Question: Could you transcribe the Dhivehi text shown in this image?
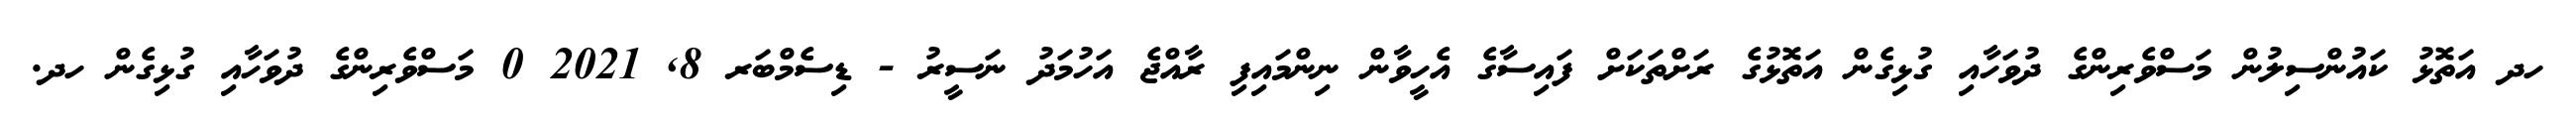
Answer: ހދ އަތޮޅު ކައުންސިލުން މަސްވެރިންގެ ދުވަހާއި ގުޅިގެން އަތޮޅުގެ ރަށްތަކަށް ފައިސާގެ އެހީވާން ނިންމައިފި ރާއްޖެ އަހުމަދު ނަސީރު - ޑިސެމްބަރ 8, 2021 0 މަސްވެރިންގެ ދުވަހާއި ގުޅިގެން ހދ.